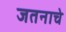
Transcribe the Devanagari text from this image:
जतनाचे